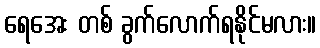
ရေအေး တစ် ခွက်လောက်ရနိုင်မလား။